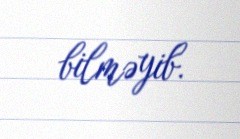
bilməyib.